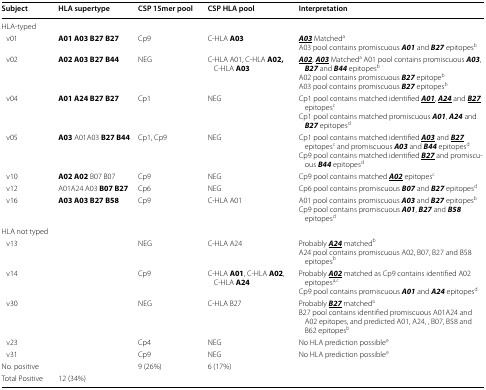
| Subject | HLA supertype | CSP 15mer pool | CSP HLA pool | Interpretation |
 | --- | --- | --- | --- | --- |
 | <COLSPAN=5> HLA-typed |
 | v01 | A01 A03 B27 B27 | Cp9 | C-HLA A03 | <underline>A03</underline> MatchedaA03 pool contains promiscuous A01 and B27 epitopesb |
 | v02 | A02 A03 B27 B44 | NEG | C-HLA A01, C-HLA A02, C-HLA A03 | <underline>A02</underline>, <underline>A03</underline> Matcheda A01 pool contains promiscuous A03, B27 and B44 epitopesbA02 pool contains promiscuous B27 epitopebA03 pool contains promiscuous B27 epitopesb |
 | v04 | A01 A24 B27 B27 | Cp1 | NEG | Cp1 pool contains matched identified <underline>A01</underline>, <underline>A24</underline> and <underline>B27</underline> epitopescCp1 pool contains matched promiscuous A01, A24 and B27 epitopesd |
 | v05 | A03 A01A03 B27 B44 | Cp1, Cp9 | NEG | Cp1 pool contains matched identified <underline>A03</underline> and <underline>B27</underline> epitopesc and promiscuous A03 and B44 epitopesdCp9 pool contains matched identified <underline>B27</underline> and promiscuous B44 epitopesd |
 | v10 | A02 A02 B07 B07 | Cp9 | NEG | Cp9 pool contains matched <underline>A02</underline> epitopesc |
 | v12 | A01A24 A03 B07 B27 | Cp6 | NEG | Cp6 pool contains promiscuous B07 and B27 epitopesd |
 | v16 | A03 A03 B27 B58 | Cp9 | C-HLA A01 | A01 pool contains promiscuous A03 and B27 epitopesbCp9 pool contains promiscuous A01, B27 and B58 epitopesd |
 | <COLSPAN=5> HLA not typed |
 | v13 |  | NEG | C-HLA A24 | Probably <underline>A24</underline> matchedbA24 pool contains promiscuous A02, B07, B27 and B58 epitopesb |
 | v14 |  | Cp9 | C-HLA A01, C-HLA A02, C-HLA A24 | Probably <underline>A02</underline> matched as Cp9 contains identified A02 epitopesa,cCp9 pool contains promiscuous A01 and A24 epitopesd |
 | v30 |  | NEG | C-HLA B27 | Probably <underline>B27</underline> matchedaB27 pool contains identified promiscuous A01A24 and A02 epitopes, and predicted A01, A24, , B07, B58 and B62 epitopesb |
 | v23 |  | Cp4 | NEG | No HLA prediction possiblee |
 | v31 |  | Cp9 | NEG | No HLA prediction possiblee |
 | No. positive |  | 9 (26%) | 6 (17%) |  |
 | Total Positive | 12 (34%) |  |  |  |